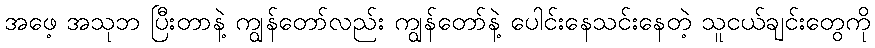
အဖေ့ အသုဘ ပြီးတာနဲ့ ကျွန်တော်လည်း ကျွန်တော်နဲ့ ပေါင်းနေသင်းနေတဲ့ သူငယ်ချင်းတွေကို